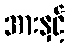
အားနှင့်